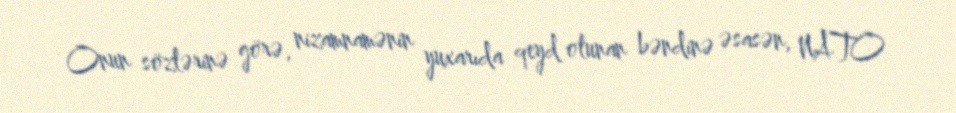
Onun sözlərinə görə, nizamnamənin yuxarıda qeyd olunan bəndinə əsasən, NATO